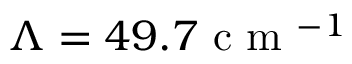
\Lambda = 4 9 . 7 \mathrm { ~ c ~ m ~ } ^ { - 1 }